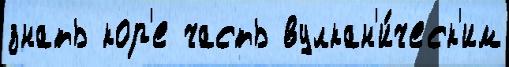
знать кор'е часть вулкан'и́ческ'им